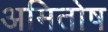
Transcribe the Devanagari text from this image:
अमितोष